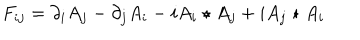
F _ { i j } = \partial _ { i } A _ { j } - \partial _ { j } A _ { i } - i A _ { i } \star A _ { j } + i A _ { j } \star A _ { i }